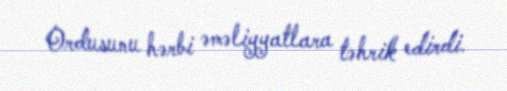
Ordusunu hərbi əməliyyatlara təhrik edirdi.